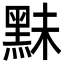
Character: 䵢